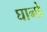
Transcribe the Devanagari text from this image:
घान्छे